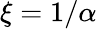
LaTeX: \xi=1/\alpha